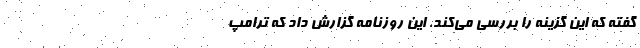
گفته که این گزینه را بررسی می‌کند. این روزنامه گزارش داد که ترامپ